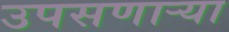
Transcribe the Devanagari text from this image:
उपसणाऱ्या